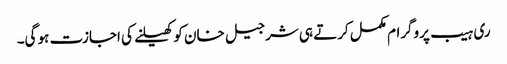
ری ہیب پروگرام مکمل کرتے ہی شرجیل خان کو کھیلنے کی اجازت ہو گی۔